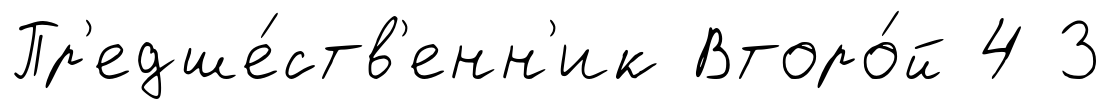
Пр'едше́ств'енн'ик Второ́й 4 3